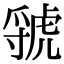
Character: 虢